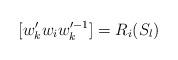
LaTeX: \begin{align*}[w'_k w_i w'^{-1}_k]=R_i(S_l)\end{align*}